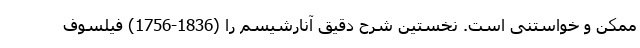
ممکن و خواستنی است. نخستین شرح دقیق آنارشیسم را (1836-1756) فیلسوف